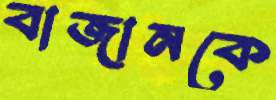
বাজানকে